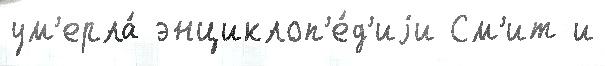
ум'ерла́ энциклоп'е́д'иjи См'ит и